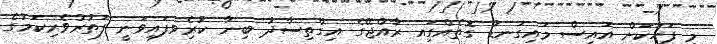
މި ފަހަކަށް އައިސް މައިގަނޑު ގޮތެއްގަިއ ރާއްޖޭގެ އިގްތިސާދު ބިނާ ކުރެިވފައިވަނީ ފަތުރުވެރިކަމުގެ